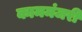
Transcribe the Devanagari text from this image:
काममंजरी